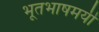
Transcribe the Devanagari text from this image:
भूतभाषमयीं